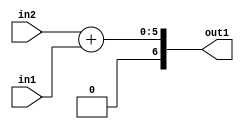
`timescale 1ps / 1ps
/*****************************************************************************
    Verilog RTL Description
    
    
    Created by: Stratus DpOpt 21.05.01 
*******************************************************************************/

module SobelFilter_Add_5Ux4U_7S_4 (
	in2,
	in1,
	out1
	); /* architecture "behavioural" */ 
input [4:0] in2;
input [3:0] in1;
output [6:0] out1;
wire [6:0] asc001;

assign asc001 = 
	+(in2)
	+(in1);

assign out1 = asc001;
endmodule

/* CADENCE  ubD5SQ0= : u9/ySxbfrwZIxEzHVQQV8Q== ** DO NOT EDIT THIS LINE ******/